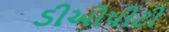
ડીઓપીટી